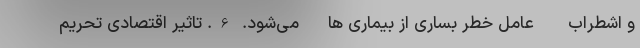
و اشطراب - عامل خطر بساری از بیماری ها- می‌شود. 6. تاثیر اقتصادی تحریم